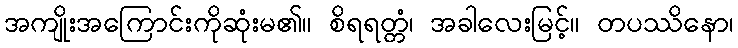
အကျိုးအကြောင်းကိုဆုံးမ၏။ စိရရတ္တံ၊ အခါလေးမြင့်။ တပဿိနော၊